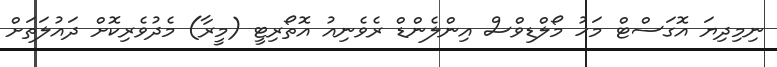
ނިމިދިޔަ އޮގަސްޓް މަހު މޯލްޑިވްސް އިންލެންޑް ރެވެނިއު އޮތޯރިޓީ (މީރާ) މެދުވެރިކޮށް ދައުލަތަށް